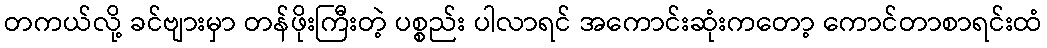
တကယ်လို့ ခင်ဗျားမှာ တန်ဖိုးကြီးတဲ့ ပစ္စည်း ပါလာရင် အကောင်းဆုံးကတော့ ကောင်တာစာရင်းထံ